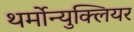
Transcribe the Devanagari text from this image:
थर्मोन्युक्लियर